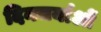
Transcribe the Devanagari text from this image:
दिनचर्याओं